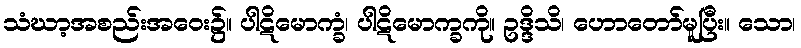
သံဃာ့အစည်းအဝေး၌။ ပါဋိမောက္ခံ၊ ပါဋိမောက္ခကို။ ဥဒ္ဒိသိ၊ ဟောတော်မူပြီး။ သော၊